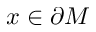
x \in \partial M